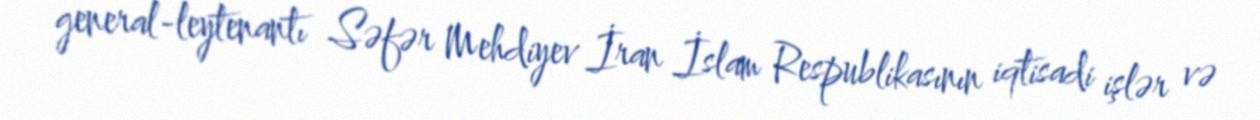
general-leytenantı Səfər Mehdiyev İran İslam Respublikasının iqtisadi işlər və